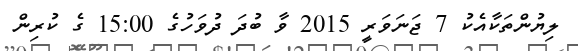
ލިޔުންތަކާއެކު 7 ޖަނަވަރީ 2015 ވާ ބުދަ ދުވަހުގެ 15:00 ގެ ކުރިން